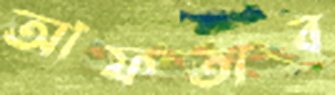
আফতাব